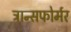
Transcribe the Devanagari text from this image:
ट्रान्सफोर्मर